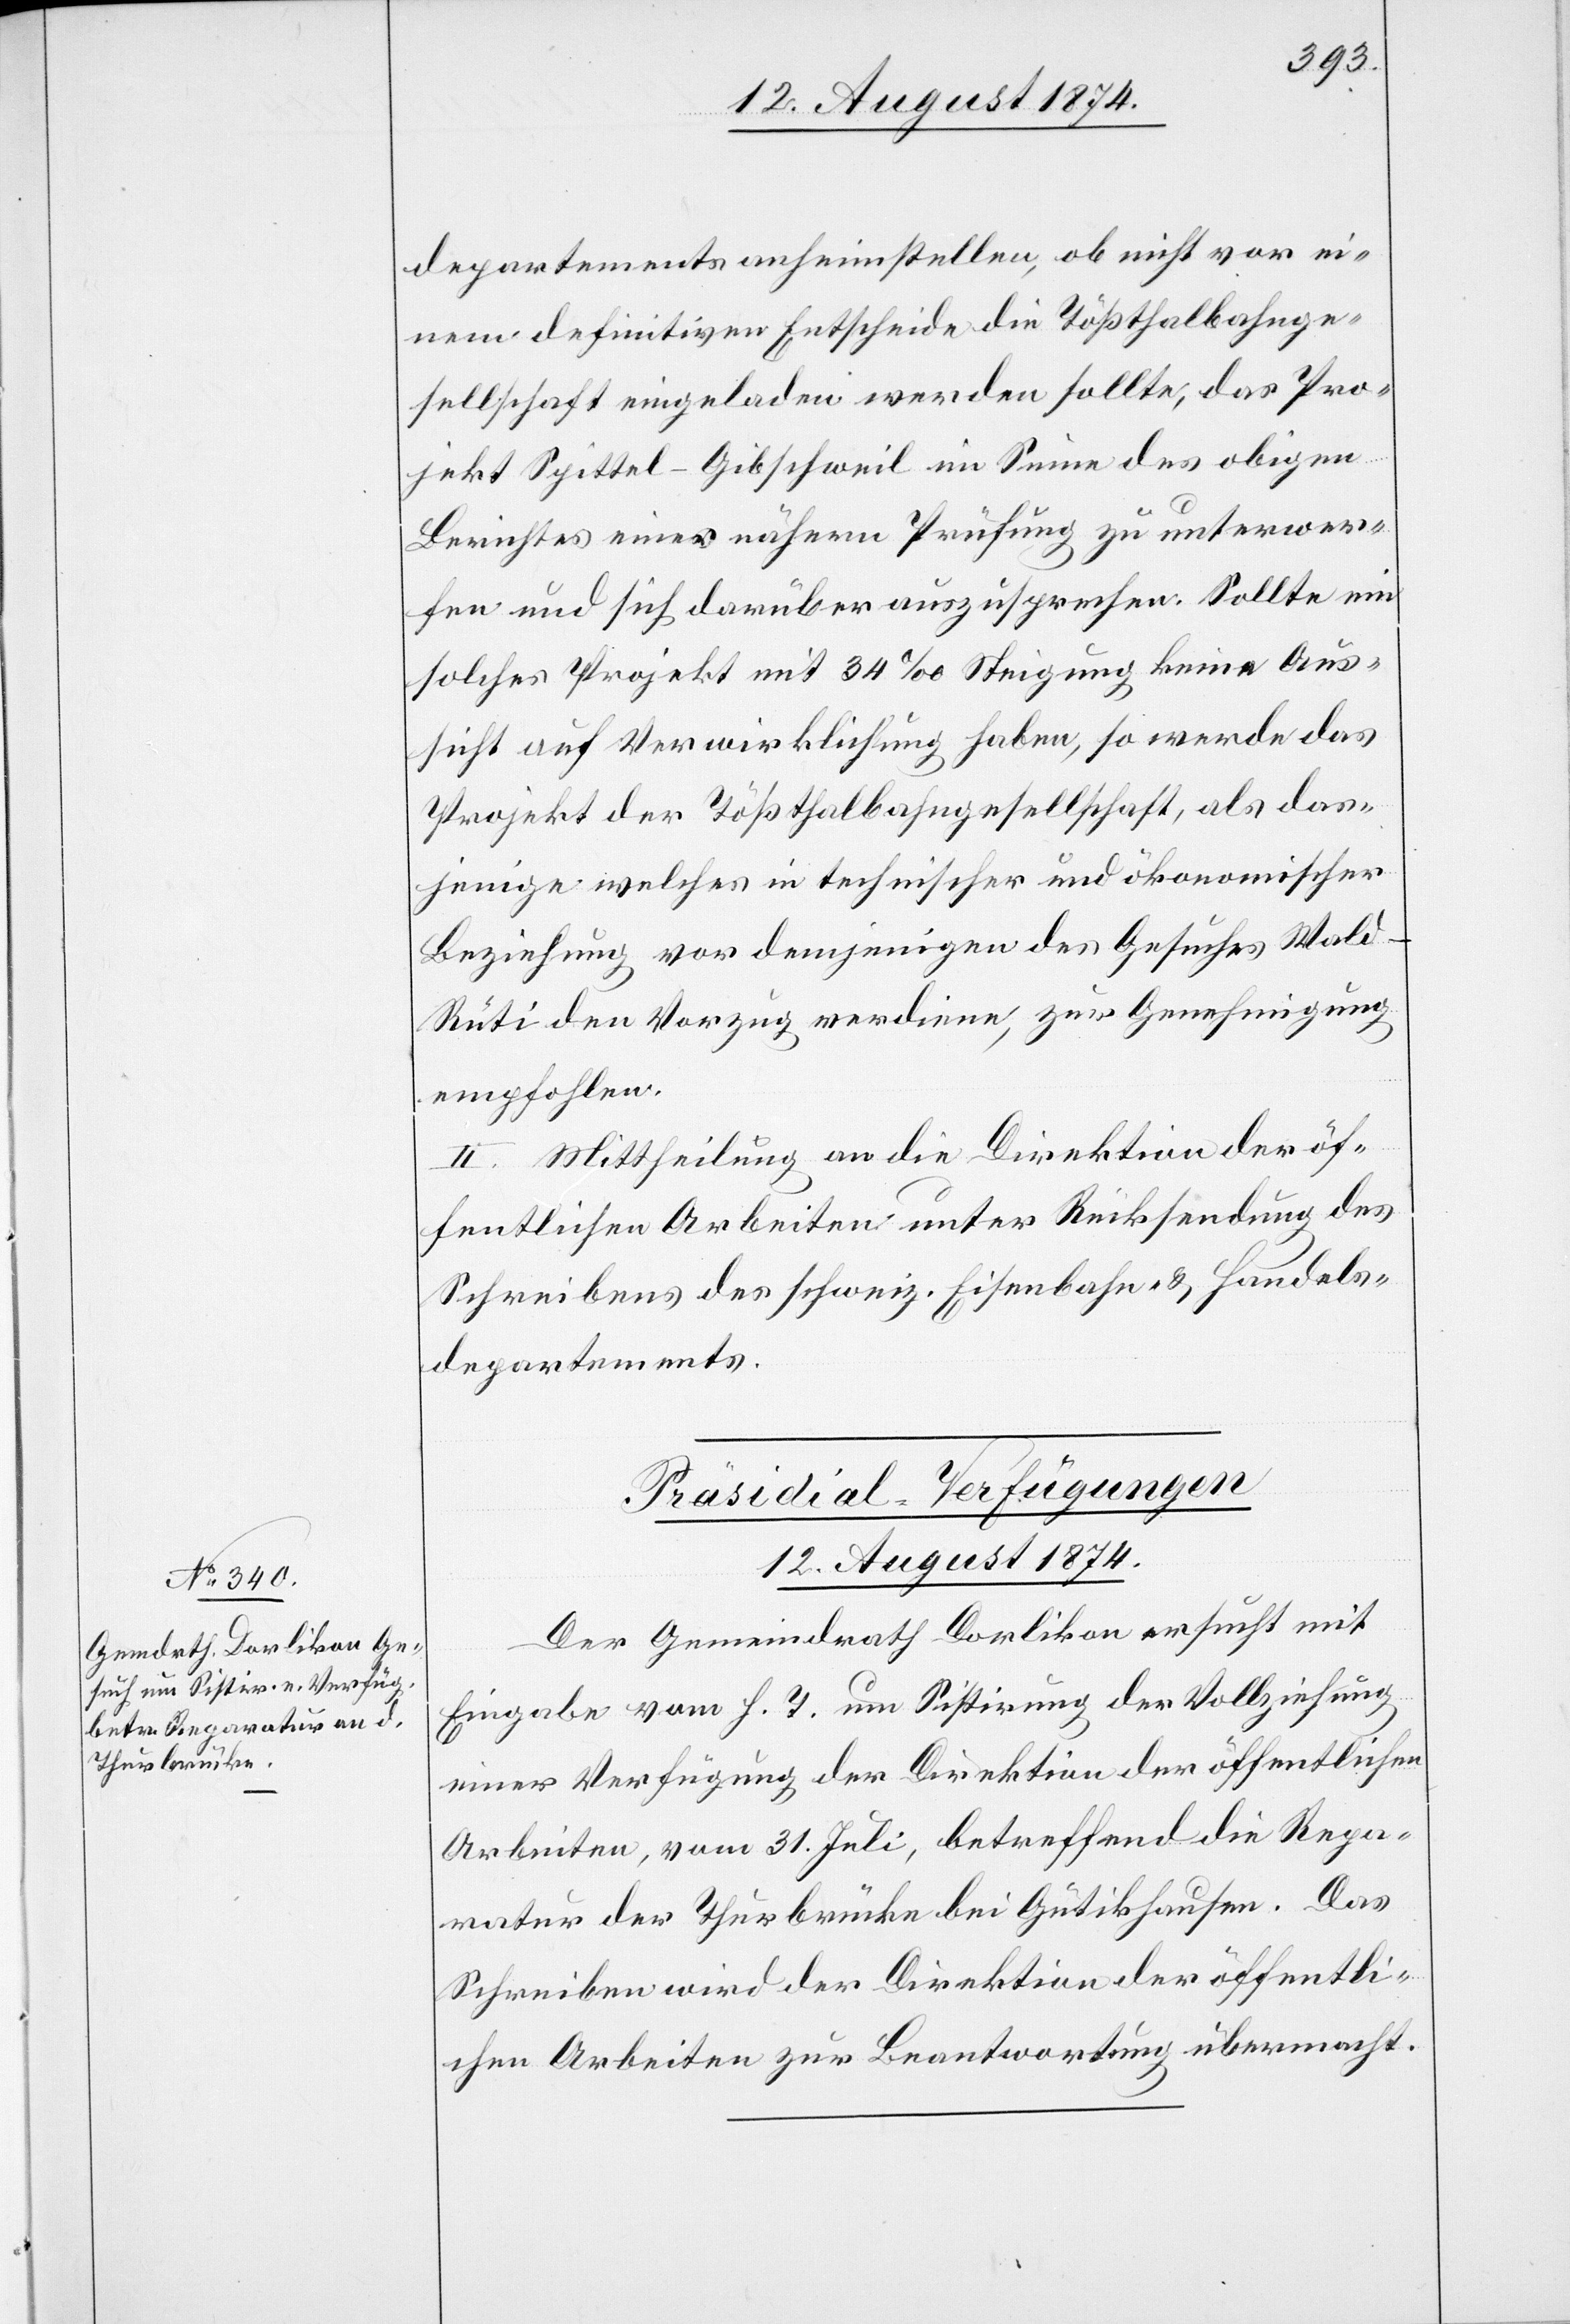
12. August 1874.
departements anheimstellen, ob nicht vor ei¬
nem definitiven Entscheide die Tößthalbahnge¬
sellschaft eingeladen werden sollte, das Pro¬
jekt Spittel–Gibschweil im Sinne des obigen
Berichtes einer nähern Prüfung zu unterwer¬
fen und sich darüber auszusprechen. Sollte ein
solches Projekt mit 34‰ Steigung keine Aus¬
sicht auf Verwirklichung haben, so werde das
Projekt der Tößthalbahngesellschaft, als das¬
jenige welches in technischer und ökonomischer
Beziehung vor demjenigen des Gesuches Wal¬
d–Rüti den Vorzug verdiene, zur Genehmigung
empfohlen.
II. Mittheilung an die Direktion der öf¬
fentlichen Arbeiten unter Rücksendung des
Schreibens des schweiz. Eisenbahn- u. Handels¬
departements.
Präsidial-Verfügungen
Der Gemeindrath Dorlikon ersucht mit
Eingabe vom h. T. um Sistirung der Vollziehung
einer Verfügung der Direktion der öffentlichen
Arbeiten, vom 31. Juli, betreffend die Repa¬
ratur der Thurbrücke bei Gütikhausen. Das
Schreiben wird der Direktion der öffentli¬
chen Arbeiten zur Beantwortung übermacht.